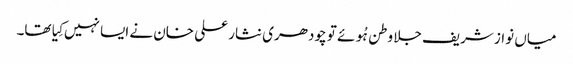
میاں نواز شریف جلا وطن ہُوئے تو چودھری نثار علی خان نے ایسا نہیں کِیا تھا۔